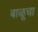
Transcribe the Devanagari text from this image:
बाळूचा